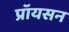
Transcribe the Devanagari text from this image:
प्रॉयसन